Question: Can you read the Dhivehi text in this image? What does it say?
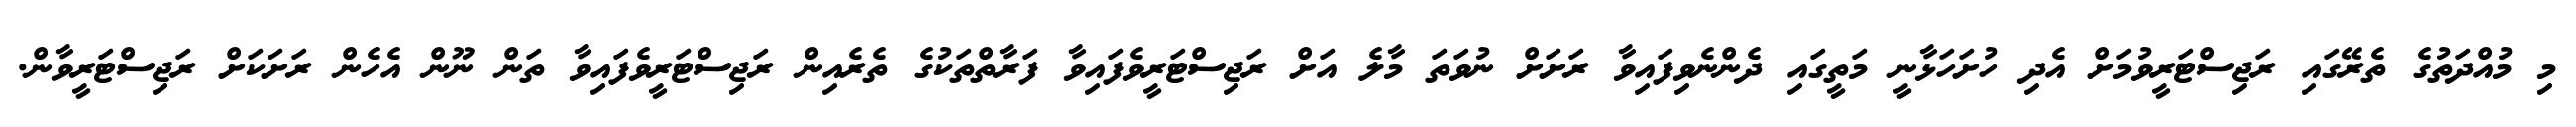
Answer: މި މުއްދަތުގެ ތެރޭގައި ރަޖިސްޓަރީވުމަށް އެދި ހުށަހަޅާނީ މަތީގައި ދެންނެވިފައިވާ ރަށަށް ނުވަތަ މާލެ އަށް ރަޖިސްޓަރީވެފައިވާ ފަރާތްތަކުގެ ތެރެއިން ރަޖިސްޓަރީވެފައިވާ ތަން ނޫން އެހެން ރަށަކަށް ރަޖިސްޓަރީވާން.